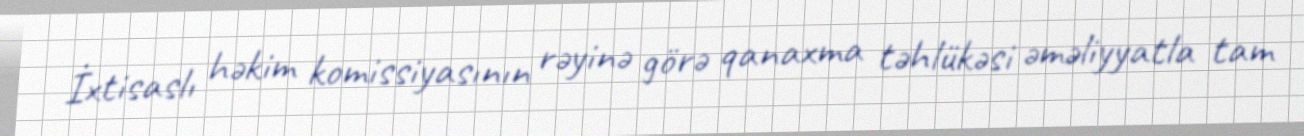
İxtisaslı həkim komissiyasının rəyinə görə qanaxma təhlükəsi əməliyyatla tam